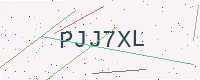
Text: PJJ7XL